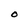
Character: O